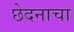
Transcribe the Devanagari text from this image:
छेदनाचा